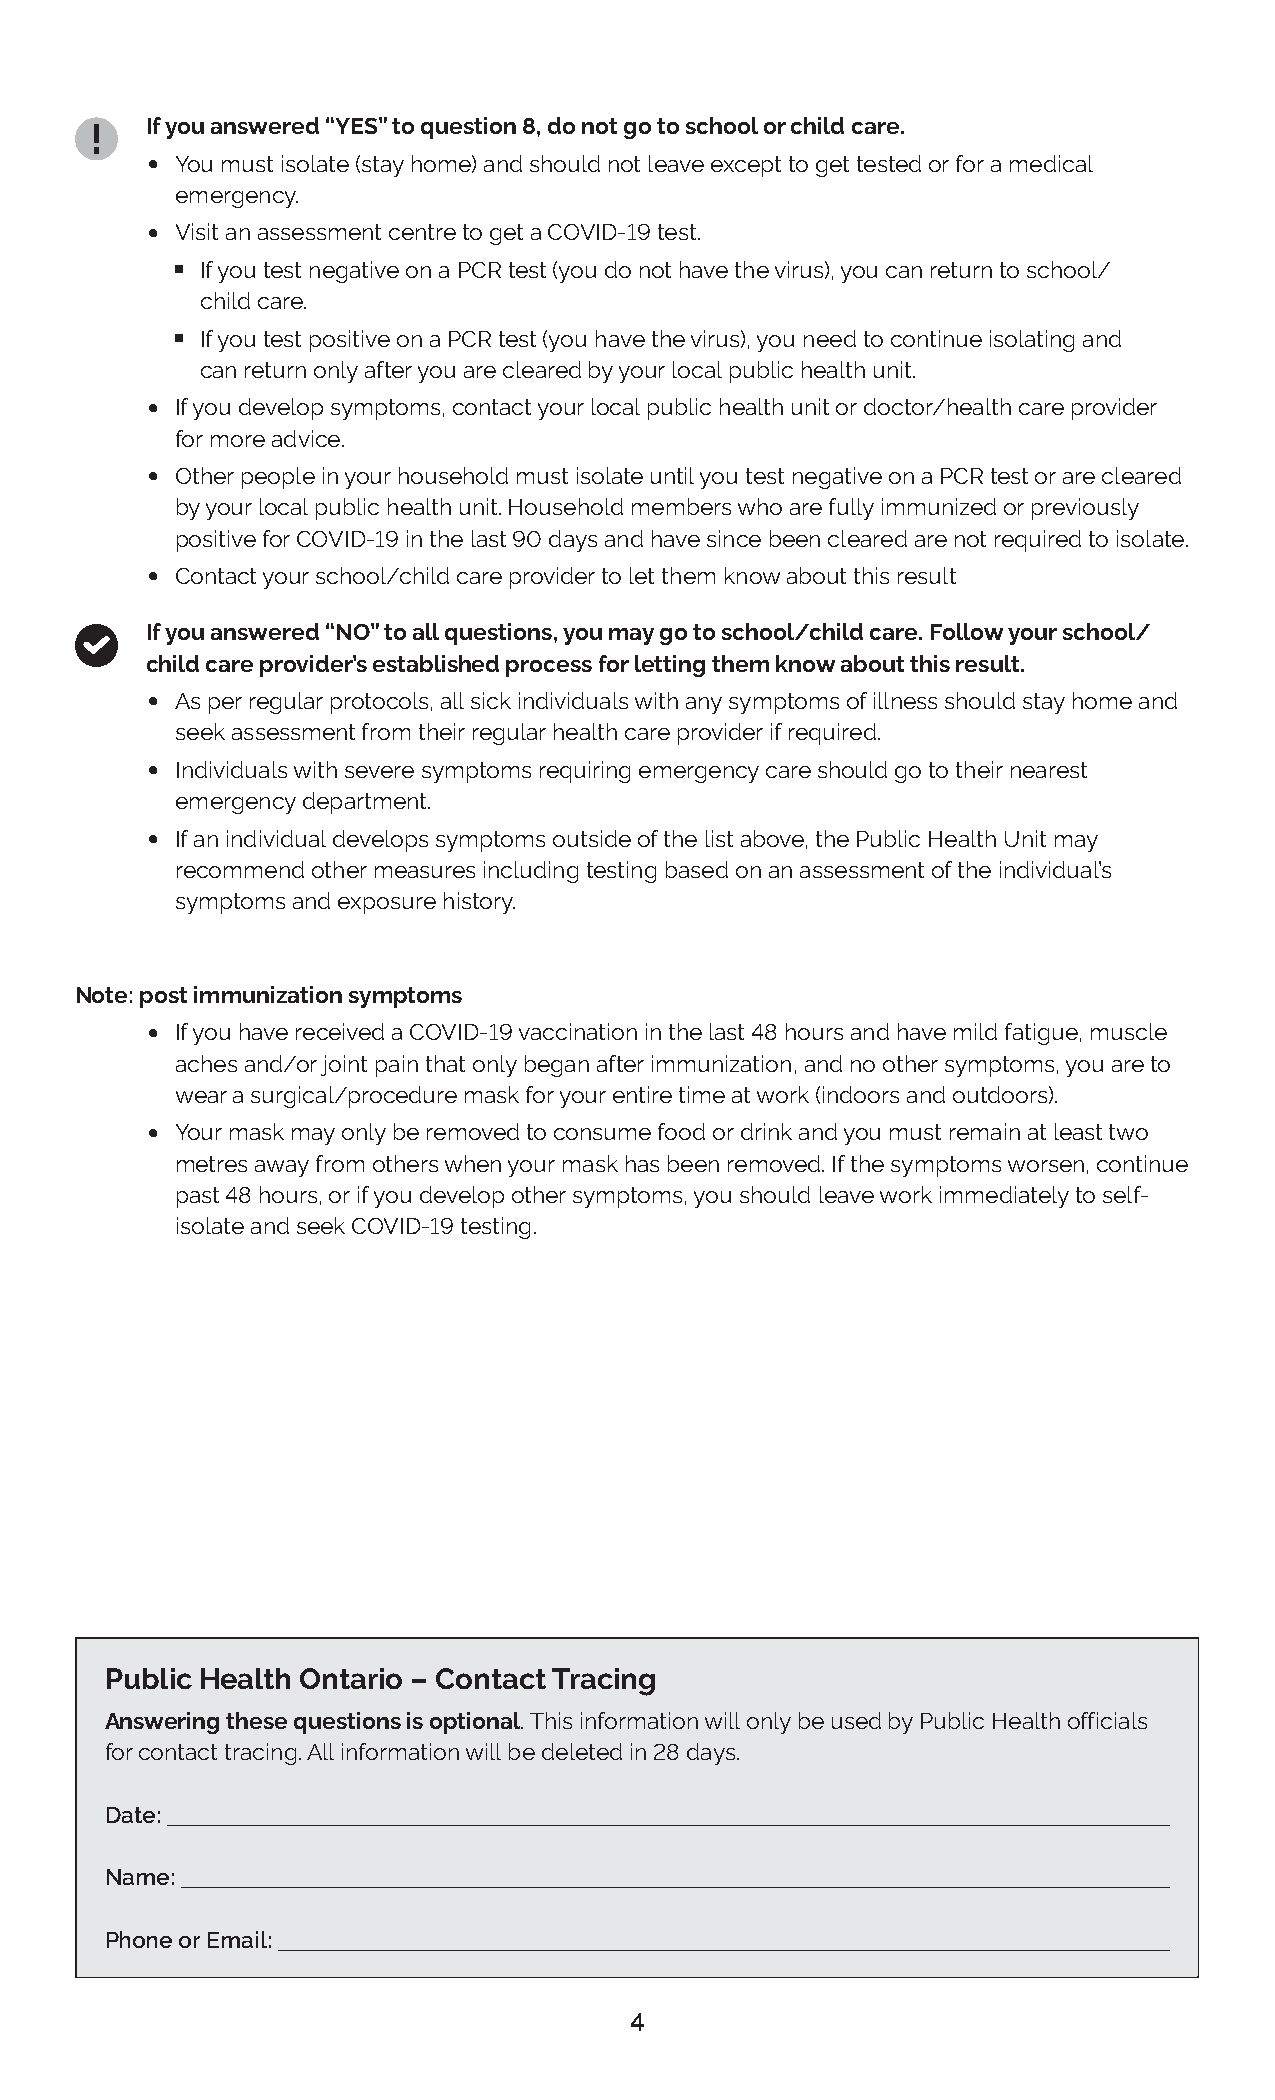
If you answered “YES” to question 8, do not go to school or child care.
 •
 You must isolate (stay home) and should not leave except to get tested or for a medical
 emergency.
 • ϕ
 Visit an assessment centre to get a COVID-19 test.
 If you test negative on a PCR test (you do not have the virus), you can return to school/
 ϕ
 child care.
 If you test positive on a PCR test (you have the virus), you need to continue isolating and
 can return only after you are cleared by your local public health unit.
 •
 If you develop symptoms, contact your local public health unit or doctor/health care provider
 for more advice.
 •
 Other people in your household must isolate until you test negative on a PCR test or are cleared
 by your local public health unit. Household members who are fully immunized or previously
 positive for COVID-19 in the last 90 days and have since been cleared are not required to isolate.
 •
 Contact your school/child care provider to let them know about this result
 If you answered “NO” to all questions, you may go to school/child care. Follow your school/
 child care provider’s established process for letting them know about this result.
 •
 As per regular protocols, all sick individuals with any symptoms of illness should stay home and
 seek assessment from their regular health care provider if required.
 •
 Individuals with severe symptoms requiring emergency care should go to their nearest
 emergency department.
 •
 If an individual develops symptoms outside of the list above, the Public Health Unit may
 recommend other measures including testing based on an assessment of the individual’s
 symptoms and exposure history.
 Note: post immunization symptoms
 •
 If you have received a COVID-19 vaccination in the last 48 hours and have mild fatigue, muscle
 aches and/or joint pain that only began after immunization, and no other symptoms, you are to
 wear a surgical/procedure mask for your entire time at work (indoors and outdoors).
 •
 Your mask may only be removed to consume food or drink and you must remain at least two
 metres away from others when your mask has been removed. If the symptoms worsen, continue
 past 48 hours, or if you develop other symptoms, you should leave work immediately to self-
 isolate and seek COVID-19 testing.
 Public Health Ontario – Contact Tracing
 Answering these questions is optional. This information will only be used by Public Health officials
 for contact tracing. All information will be deleted in 28 days.
 Date:
 Name:
 Phone or Email:
 4